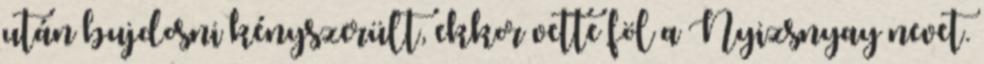
után bujdosni kényszerült, ekkor vette föl a Nyizsnyay nevet.